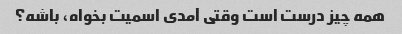
همه چیز درست است وقتی آمدی اسمیت بخواه، باشه؟